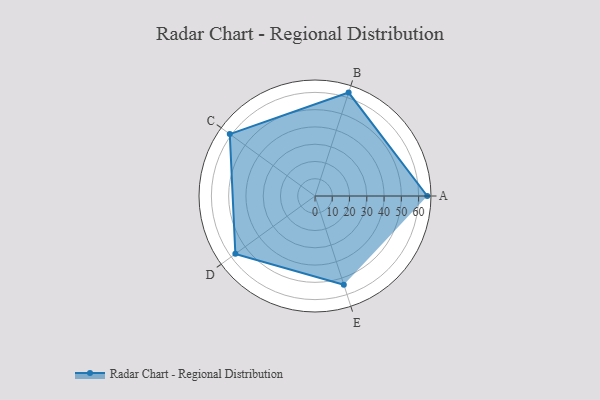
{"axis": {"x": "Skill", "y": "Score"}, "legend": ["Profile"], "data": [{"x": "A", "y": 65.0, "type": "Profile"}, {"x": "B", "y": 63.0, "type": "Profile"}, {"x": "C", "y": 61.0, "type": "Profile"}, {"x": "D", "y": 57.0, "type": "Profile"}, {"x": "E", "y": 54.0, "type": "Profile"}]}